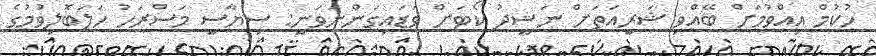
ހުކުމް އިއްވުމަށް ބޭއްވި ޝަރީއަތަށް ނަޝީދު ކޯޓަށް ވަޑައިގަންނަވަނީ: ސިޔާސީ މަސްރަހު ހަލަބޮލިވުމުގެ